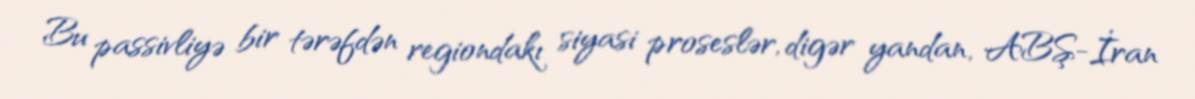
Bu passivliyə bir tərəfdən regiondakı siyasi proseslər, digər yandan, ABŞ-İran